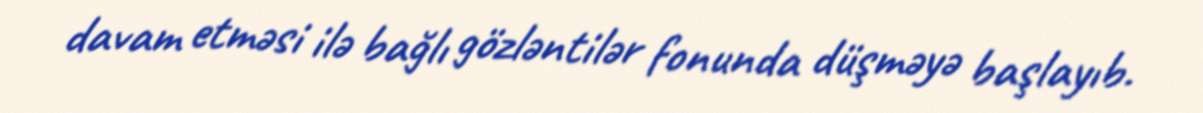
davam etməsi ilə bağlı gözləntilər fonunda düşməyə başlayıb.